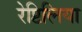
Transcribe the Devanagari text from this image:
रेप्टिलिया